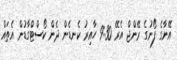
އޭނާގެ ފޯނުގެ ރޭންޖް އެރޭ 9:30 ހާއިރު ކެނޑެން ދެން ކޯސްޓްގާޑުން އެތައް